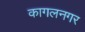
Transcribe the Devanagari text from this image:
कागलनगर